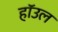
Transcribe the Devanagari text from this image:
हाॅउल